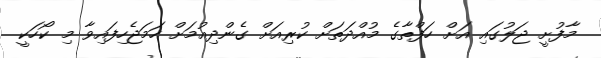
މާފުށީ ޖަލުގައި އަށް ހަފްތާގެ މުއްދަތަށް ކުރިއަށް ގެންދިއުމަށް ހަމަޖެހިފައިވާ މި ކޯހަކީ